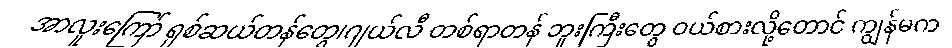
အာလူးကြော် ရှစ်ဆယ်တန်တွေ၊ဂျယ်လီ တစ်ရာတန် ဘူးကြီးတွေ ဝယ်စားလို့တောင် ကျွန်မက